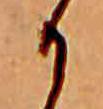
か